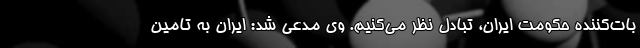
بات‌کننده حکومت ایران، تبادل نظر می‌کنیم. وی مدعی شد: ایران به تامین